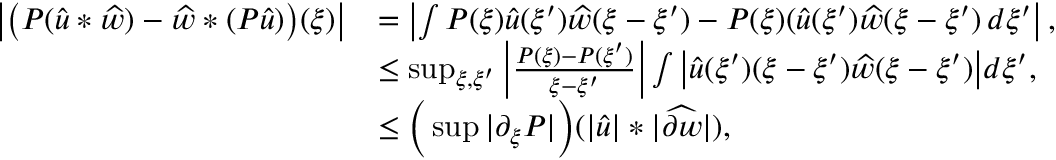
\begin{array} { r l } { \big | \big ( P ( { \widehat { u } } * \widehat { w } ) - \widehat { w } * ( P { \widehat { u } } ) \big ) ( \xi ) \big | } & { = \left| \int P ( \xi ) \widehat { u } ( \xi ^ { \prime } ) \widehat { w } ( \xi - \xi ^ { \prime } ) - P ( \xi ) ( \widehat { u } ( \xi ^ { \prime } ) \widehat { w } ( \xi - \xi ^ { \prime } ) \, d \xi ^ { \prime } \right| , } \\ & { \leq \operatorname* { s u p } _ { \xi , \xi ^ { \prime } } \left| \frac { P ( \xi ) - P ( \xi ^ { \prime } ) } { \xi - \xi ^ { \prime } } \right| \int \big | \widehat { u } ( \xi ^ { \prime } ) ( \xi - \xi ^ { \prime } ) \widehat { w } ( \xi - \xi ^ { \prime } ) \big | d \xi ^ { \prime } , } \\ & { \leq \Big ( \operatorname* { s u p } | \partial _ { \xi } P | \Big ) ( | { \widehat { u } } | * | \widehat { \partial w } | ) , } \end{array}